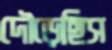
দৌড়েছিস